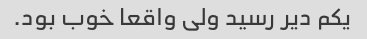
یکم دیر رسید ولی واقعا خوب بود.